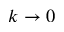
k \rightarrow 0